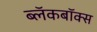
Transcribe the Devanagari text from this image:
ब्‍लॅकबॉक्स